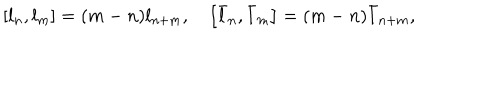
\left[ l _ { n } , l _ { m } \right] = ( m - n ) l _ { n + m } , \, \, \, \, \, \, \left[ \bar { l } _ { n } , \bar { l } _ { m } \right] = ( m - n ) \bar { l } _ { n + m } ,